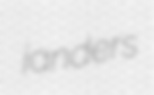
janders